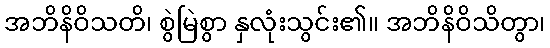
အဘိနိဝိသတိ၊ စွဲမြဲစွာ နှလုံးသွင်း၏။ အဘိနိဝိသိတွာ၊